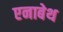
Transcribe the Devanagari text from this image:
एनाबेथ